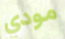
مودي